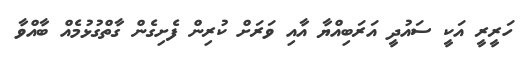
ހަރީރީ އަކީ ސައުދީ އަރަބިއްޔާ އާއި ވަރަށް ކުރިން ފެށިގެން ގާތްގުޅުމެއް ބާއްވާ